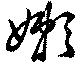
嬾